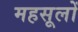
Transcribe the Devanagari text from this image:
महसूलों